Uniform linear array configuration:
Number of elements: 16
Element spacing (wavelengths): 0.5
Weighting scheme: uniform
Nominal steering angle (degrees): -60
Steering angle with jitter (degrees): -60.221
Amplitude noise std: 0.05
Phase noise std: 0.05

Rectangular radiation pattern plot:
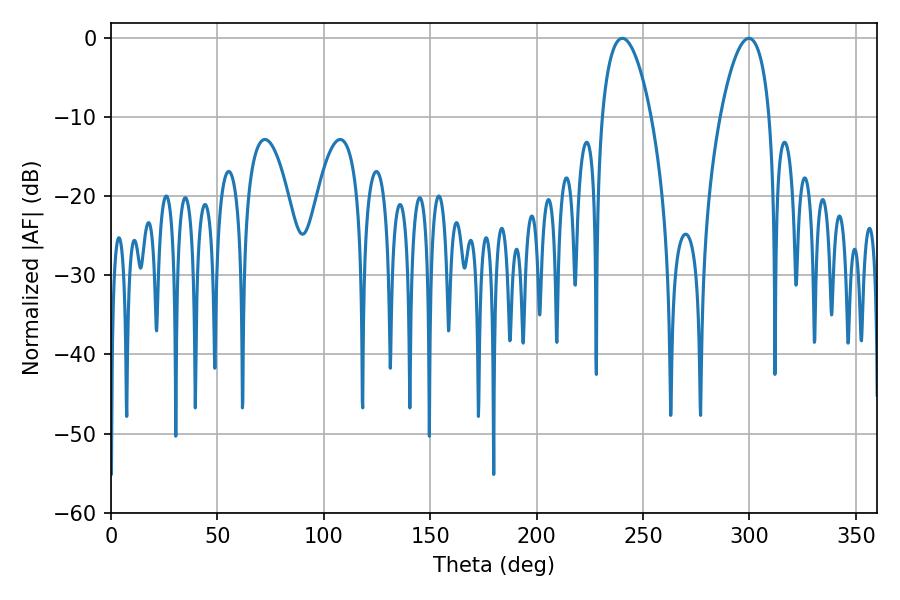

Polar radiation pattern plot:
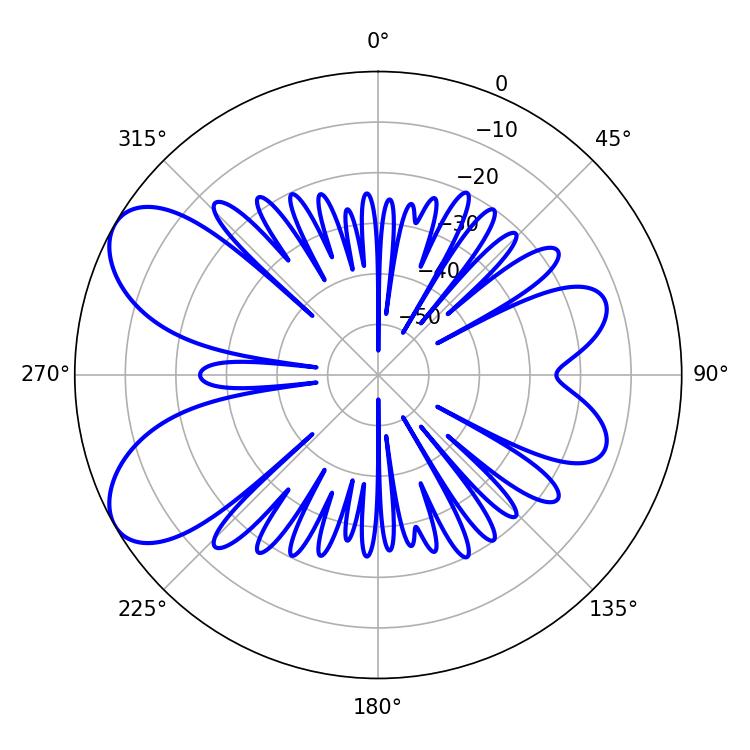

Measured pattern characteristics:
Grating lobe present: FALSE
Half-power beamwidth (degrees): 12.78
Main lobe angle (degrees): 299.7